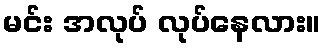
မင်း အလုပ် လုပ်နေလား။